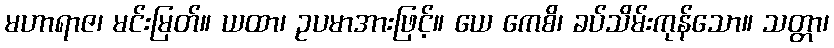
မဟာရာဇ၊ မင်းမြတ်။ ယထာ၊ ဥပမာအားဖြင့်။ ယေ ကေစိ၊ ခပ်သိမ်းကုန်သော။ သတ္တာ၊